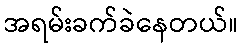
အရမ်းခက်ခဲနေတယ်။